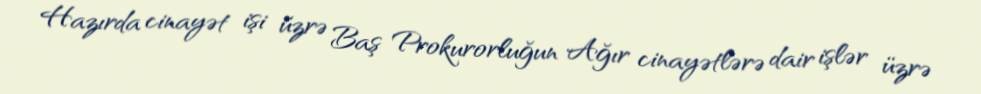
Hazırda cinayət işi üzrə Baş Prokurorluğun Ağır cinayətlərə dair işlər üzrə